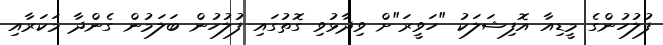
ފުލުހުންގެ މީޑިއާ އޮފިޝަލަކު "ހަވީރަ"ށް ވިދާޅުވި ގޮތުގައި ފުލުހުން ބަލަމުން ގެންދާ މަކަރާއި